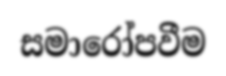
සමාරෝපවීම